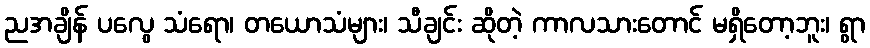
ညအချိန် ပလွေ သံရော၊ တယောသံများ၊ သီချင်း ဆိုတဲ့ ကာလသားတောင် မရှိတော့ဘူး၊ ရွာ